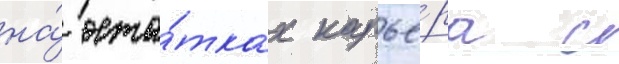
на́ оста́тках карье́ра с